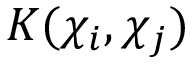
K ( \mathbb { \chi } _ { i } , \mathbb { \chi } _ { j } )